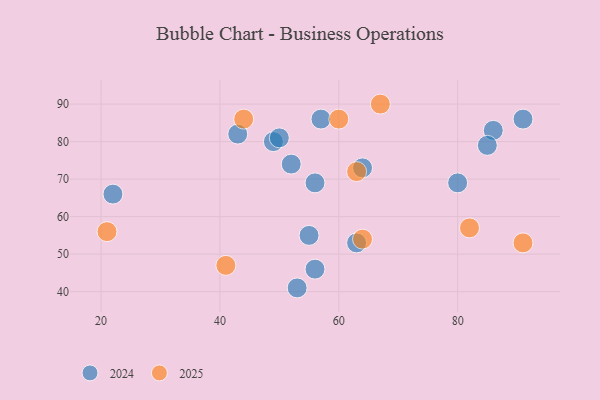
{"axis": {"x": "GDP", "y": "Life Expectancy"}, "legend": ["2024", "2025"], "data": [{"x": "41", "y": 47, "type": "2025"}, {"x": "60", "y": 86, "type": "2025"}, {"x": "67", "y": 90, "type": "2025"}, {"x": "64", "y": 54, "type": "2025"}, {"x": "21", "y": 56, "type": "2025"}, {"x": "63", "y": 72, "type": "2025"}, {"x": "44", "y": 86, "type": "2025"}, {"x": "82", "y": 57, "type": "2025"}, {"x": "91", "y": 53, "type": "2025"}, {"x": "57", "y": 86, "type": "2024"}, {"x": "52", "y": 74, "type": "2024"}, {"x": "64", "y": 73, "type": "2024"}, {"x": "49", "y": 80, "type": "2024"}, {"x": "63", "y": 53, "type": "2024"}, {"x": "86", "y": 83, "type": "2024"}, {"x": "22", "y": 66, "type": "2024"}, {"x": "80", "y": 69, "type": "2024"}, {"x": "91", "y": 86, "type": "2024"}, {"x": "50", "y": 81, "type": "2024"}, {"x": "56", "y": 46, "type": "2024"}, {"x": "56", "y": 69, "type": "2024"}, {"x": "55", "y": 55, "type": "2024"}, {"x": "53", "y": 41, "type": "2024"}, {"x": "43", "y": 82, "type": "2024"}, {"x": "85", "y": 79, "type": "2024"}]}